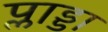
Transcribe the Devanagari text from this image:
प्लाड्डा